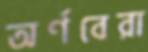
অর্ণবেরা